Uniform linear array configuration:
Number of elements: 24
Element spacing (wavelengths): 0.5
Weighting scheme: hamming
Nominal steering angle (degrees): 0
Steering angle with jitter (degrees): -0.9655
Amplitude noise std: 0.05
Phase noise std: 0.05

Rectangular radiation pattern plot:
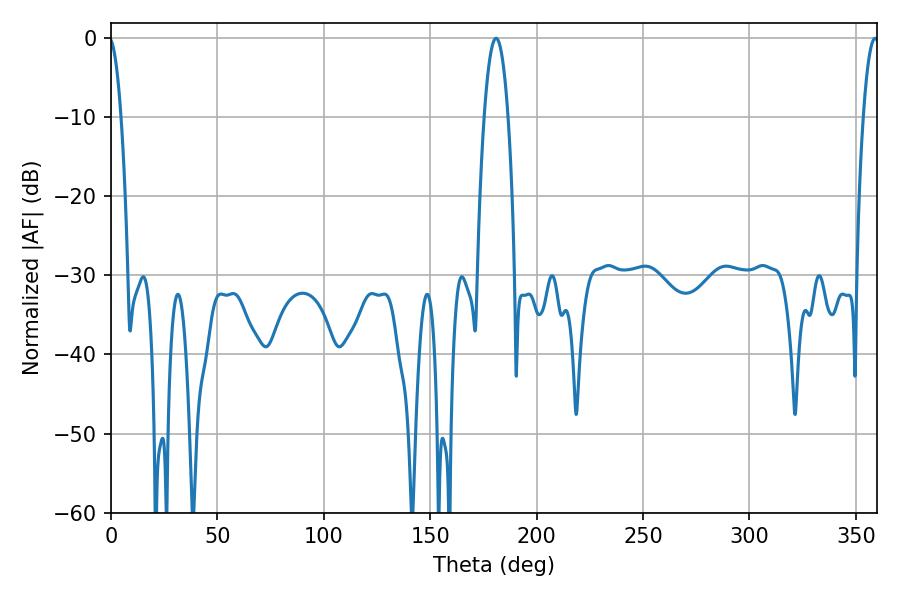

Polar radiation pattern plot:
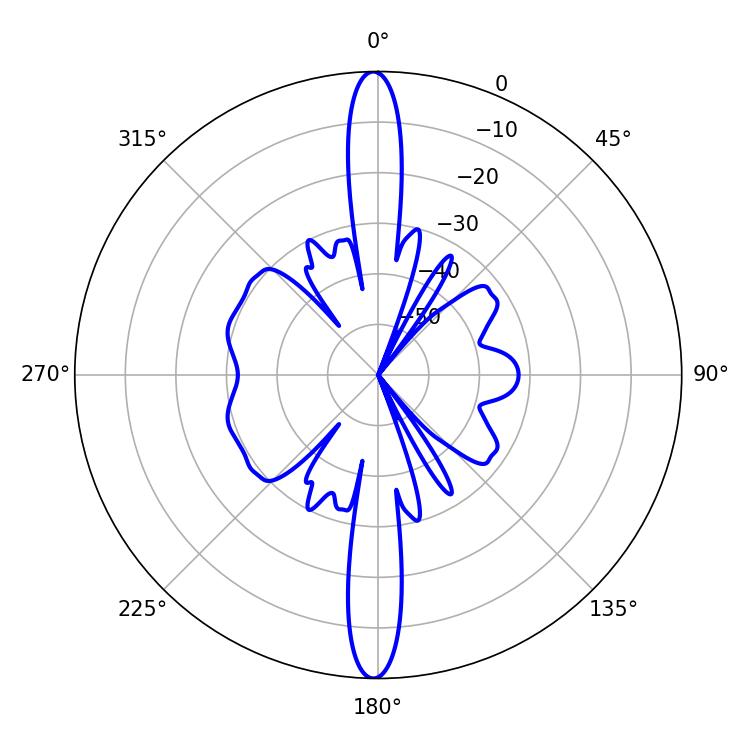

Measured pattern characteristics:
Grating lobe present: FALSE
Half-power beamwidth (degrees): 6.12
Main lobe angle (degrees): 180.9